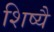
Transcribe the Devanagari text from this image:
शिष्यै